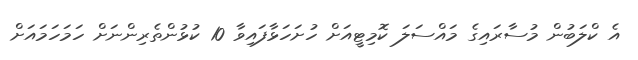
އެ ކްލަބުން މުސާރައިގެ މައްސަލަ ކޮމިޓީއަށް ހުށަހަޅާފައިވާ 10 ކުޅުންތެރިންނަށް ހަމަހަމައަށް